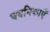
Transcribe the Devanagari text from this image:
चयनिकाएँ